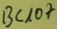
Text: Bc107